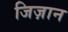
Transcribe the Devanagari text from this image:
जिज़ान